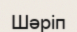
Шәріп